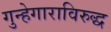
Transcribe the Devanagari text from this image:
गुन्हेगाराविरुद्ध